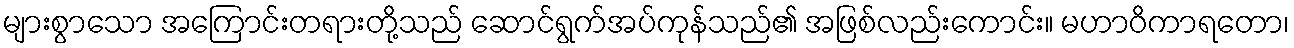
များစွာသော အကြောင်းတရားတို့သည် ဆောင်ရွက်အပ်ကုန်သည်၏ အဖြစ်လည်းကောင်း။ မဟာဝိကာရတော၊